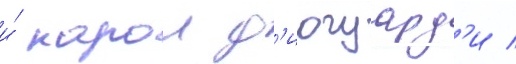
и́ карои д'иогуард'и /